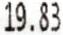
19.83